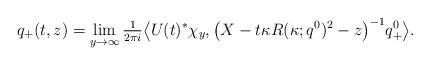
LaTeX: \begin{align*}q_+(t,z) = \lim_{y\to\infty} \tfrac{1}{2\pi i} \bigl\langle U(t)^* \chi_y, \big( X - t\kappa R(\kappa;q^0)^2 - z \big)^{-1} q^0_+ \bigr\rangle.\end{align*}